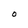
Character: O